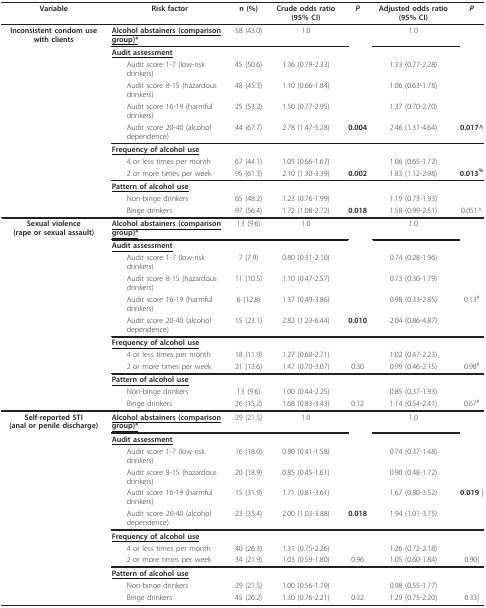
<table><thead><tr><td><b>Variable</b></td><td><b>Risk factor </b></td><td><b>n (%) </b></td><td><b>Crude odds ratio (95% CI) </b></td><td><b><i>P </i></b></td><td><b>Adjusted odds ratio (95% CI) </b></td><td><b><i>P </i></b></td></tr></thead><tbody><tr><td><b>Inconsistent condom use with clients</b></td><td><b><underline>Alcohol abstainers (comparison group)*</underline></b></td><td>58 (43.0)</td><td>1.0</td><td>[EMPTY_CELL]</td><td>1.0</td><td>[EMPTY_CELL]</td></tr><tr><td>[EMPTY_CELL]</td><td><b><underline>Audit assessment</underline></b></td><td>[EMPTY_CELL]</td><td>[EMPTY_CELL]</td><td>[EMPTY_CELL]</td><td>[EMPTY_CELL]</td><td>[EMPTY_CELL]</td></tr><tr><td>[EMPTY_CELL]</td><td> Audit score 1-7 (low-risk drinkers)</td><td>45 (50.6)</td><td>1.36 (0.79-2.33)</td><td>[EMPTY_CELL]</td><td>1.33 (0.77-2.28)</td><td>[EMPTY_CELL]</td></tr><tr><td>[EMPTY_CELL]</td><td> Audit score 8-15 (hazardous drinkers)</td><td>48 (45.3)</td><td>1.10 (0.66-1.84)</td><td>[EMPTY_CELL]</td><td>1.06 (0.63-1.78)</td><td>[EMPTY_CELL]</td></tr><tr><td>[EMPTY_CELL]</td><td> Audit score 16-19 (harmful drinkers)</td><td>25 (53.2)</td><td>1.50 (0.77-2.95)</td><td>[EMPTY_CELL]</td><td>1.37 (0.70-2.70)</td><td>[EMPTY_CELL]</td></tr><tr><td>[EMPTY_CELL]</td><td> Audit score 20-40 (alcohol dependence)</td><td>44 (67.7)</td><td>2.78 (1.47-5.28)</td><td><b>0.004</b></td><td>2.46 (1.31-4.64)</td><td><b>0.017^</b></td></tr><tr><td>[EMPTY_CELL]</td><td><b><underline>Frequency of alcohol use</underline></b></td><td>[EMPTY_CELL]</td><td>[EMPTY_CELL]</td><td>[EMPTY_CELL]</td><td>[EMPTY_CELL]</td><td>[EMPTY_CELL]</td></tr><tr><td>[EMPTY_CELL]</td><td> 4 or less times per month</td><td>67 (44.1)</td><td>1.05 (0.66-1.67)</td><td>[EMPTY_CELL]</td><td>1.06 (0.65-1.72)</td><td>[EMPTY_CELL]</td></tr><tr><td>[EMPTY_CELL]</td><td> 2 or more times per week</td><td>95 (61.3)</td><td>2.10 (1.30-3.39)</td><td><b>0.002</b></td><td>1.83 (1.12-2.98)</td><td><b>0.013<sup>%</sup></b></td></tr><tr><td>[EMPTY_CELL]</td><td><b><underline>Pattern of alcohol use</underline></b></td><td>[EMPTY_CELL]</td><td>[EMPTY_CELL]</td><td>[EMPTY_CELL]</td><td>[EMPTY_CELL]</td><td>[EMPTY_CELL]</td></tr><tr><td>[EMPTY_CELL]</td><td> Non-binge drinkers</td><td>65 (48.2)</td><td>1.23 (0.76-1.99)</td><td>[EMPTY_CELL]</td><td>1.19 (0.73-1.93)</td><td>[EMPTY_CELL]</td></tr><tr><td>[EMPTY_CELL]</td><td> Binge drinkers</td><td>97 (56.4)</td><td>1.72 (1.08-2.72)</td><td><b>0.018</b></td><td>1.58 (0.99-2.51)</td><td>0.051^</td></tr><tr><td><b>Sexual violence</b><b>(rape or sexual assault)</b></td><td><b><underline>Alcohol abstainers (comparison group)*</underline></b></td><td>13 (9.6)</td><td>1.0</td><td>[EMPTY_CELL]</td><td>1.0</td><td>[EMPTY_CELL]</td></tr><tr><td>[EMPTY_CELL]</td><td><b><underline>Audit assessment</underline></b></td><td>[EMPTY_CELL]</td><td>[EMPTY_CELL]</td><td>[EMPTY_CELL]</td><td>[EMPTY_CELL]</td><td>[EMPTY_CELL]</td></tr><tr><td>[EMPTY_CELL]</td><td> Audit score 1-7 (low-risk drinkers)</td><td>7 (7.9)</td><td>0.80 (0.31-2.10)</td><td>[EMPTY_CELL]</td><td>0.74 (0.28-1.96)</td><td>[EMPTY_CELL]</td></tr><tr><td>[EMPTY_CELL]</td><td> Audit score 8-15 (hazardous drinkers)</td><td>11 (10.5)</td><td>1.10 (0.47-2.57)</td><td>[EMPTY_CELL]</td><td>0.73 (0.30-1.79)</td><td>[EMPTY_CELL]</td></tr><tr><td>[EMPTY_CELL]</td><td> Audit score 16-19 (harmful drinkers)</td><td>6 (12.8)</td><td>1.37 (0.49-3.86)</td><td>[EMPTY_CELL]</td><td>0.98 (0.33-2.85)</td><td>0.13<sup># </sup></td></tr><tr><td>[EMPTY_CELL]</td><td> Audit score 20-40 (alcohol dependence)</td><td>15 (23.1)</td><td>2.82 (1.23-6.44)</td><td><b>0.010</b></td><td>2.04 (0.86-4.87)</td><td>[EMPTY_CELL]</td></tr><tr><td>[EMPTY_CELL]</td><td><b><underline>Frequency of alcohol use</underline></b></td><td>[EMPTY_CELL]</td><td>[EMPTY_CELL]</td><td>[EMPTY_CELL]</td><td>[EMPTY_CELL]</td><td>[EMPTY_CELL]</td></tr><tr><td>[EMPTY_CELL]</td><td> 4 or less times per month</td><td>18 (11.9)</td><td>1.27 (0.60-2.71)</td><td>[EMPTY_CELL]</td><td>1.02 (0.47-2.23)</td><td>[EMPTY_CELL]</td></tr><tr><td>[EMPTY_CELL]</td><td> 2 or more times per week</td><td>21 (13.6)</td><td>1.47 (0.70-3.07)</td><td>0.30</td><td>0.99 (0.46-2.15)</td><td>0.98<sup># </sup></td></tr><tr><td>[EMPTY_CELL]</td><td><b><underline>Pattern of alcohol use</underline></b></td><td>[EMPTY_CELL]</td><td>[EMPTY_CELL]</td><td>[EMPTY_CELL]</td><td>[EMPTY_CELL]</td><td>[EMPTY_CELL]</td></tr><tr><td>[EMPTY_CELL]</td><td> Non-binge drinkers</td><td>13 (9.6)</td><td>1.00 (0.44-2.25)</td><td>[EMPTY_CELL]</td><td>0.85 (0.37-1.93)</td><td>[EMPTY_CELL]</td></tr><tr><td>[EMPTY_CELL]</td><td> Binge drinkers</td><td>26 (15.2)</td><td>1.68 (0.83-3.43)</td><td>0.12</td><td>1.14 (0.54-2.41)</td><td>0.67<sup>#</sup></td></tr><tr><td><b>Self-reported STI </b><b>(anal or penile discharge)</b></td><td><b><underline>Alcohol abstainers (comparison group)*</underline></b></td><td>29 (21.5)</td><td>1.0</td><td>[EMPTY_CELL]</td><td>1.0</td><td>[EMPTY_CELL]</td></tr><tr><td>[EMPTY_CELL]</td><td><b><underline>Audit assessment</underline></b></td><td>[EMPTY_CELL]</td><td>[EMPTY_CELL]</td><td>[EMPTY_CELL]</td><td>[EMPTY_CELL]</td><td>[EMPTY_CELL]</td></tr><tr><td>[EMPTY_CELL]</td><td> Audit score 1-7 (low-risk drinkers)</td><td>16 (18.0)</td><td>0.80 (0.41-1.58)</td><td>[EMPTY_CELL]</td><td>0.74 (0.37-1.48)</td><td>[EMPTY_CELL]</td></tr><tr><td>[EMPTY_CELL]</td><td> Audit score 8-15 (hazardous drinkers)</td><td>20 (18.9)</td><td>0.85 (0.45-1.61)</td><td>[EMPTY_CELL]</td><td>0.90 (0.48-1.72)</td><td>[EMPTY_CELL]</td></tr><tr><td>[EMPTY_CELL]</td><td> Audit score 16-19 (harmful drinkers)</td><td>15 (31.9)</td><td>1.71 (0.81-3.61)</td><td>[EMPTY_CELL]</td><td>1.67 (0.80-3.52)</td><td><b>0.019 </b>|</td></tr><tr><td>[EMPTY_CELL]</td><td> Audit score 20-40 (alcohol dependence)</td><td>23 (35.4)</td><td>2.00 (1.03-3.88)</td><td><b>0.018</b></td><td>1.94 (1.01-3.75)</td><td>[EMPTY_CELL]</td></tr><tr><td>[EMPTY_CELL]</td><td><b><underline>Frequency of alcohol use</underline></b></td><td>[EMPTY_CELL]</td><td>[EMPTY_CELL]</td><td>[EMPTY_CELL]</td><td>[EMPTY_CELL]</td><td>[EMPTY_CELL]</td></tr><tr><td>[EMPTY_CELL]</td><td> 4 or less times per month</td><td>40 (26.3)</td><td>1.31 (0.75-2.26)</td><td>[EMPTY_CELL]</td><td>1.26 (0.72-2.18)</td><td>[EMPTY_CELL]</td></tr><tr><td>[EMPTY_CELL]</td><td> 2 or more times per week</td><td>34 (21.9)</td><td>1.03 (0.59-1.80)</td><td>0.96</td><td>1.05 (0.60-1.84)</td><td>0.90|</td></tr><tr><td>[EMPTY_CELL]</td><td><b><underline>Pattern of alcohol use</underline></b></td><td>[EMPTY_CELL]</td><td>[EMPTY_CELL]</td><td>[EMPTY_CELL]</td><td>[EMPTY_CELL]</td><td>[EMPTY_CELL]</td></tr><tr><td>[EMPTY_CELL]</td><td> Non-binge drinkers</td><td>29 (21.5)</td><td>1.00 (0.56-1.79)</td><td>[EMPTY_CELL]</td><td>0.98 (0.55-1.77)</td><td>[EMPTY_CELL]</td></tr><tr><td>[EMPTY_CELL]</td><td> Binge drinkers</td><td>45 (26.2)</td><td>1.30 (0.76-2.21)</td><td>0.32</td><td>1.29 (0.75-2.20)</td><td>0.33|</td></tr></tbody></table>